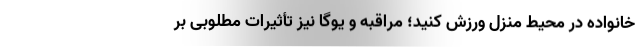
خانواده در محیط منزل ورزش کنید؛ مراقبه و یوگا نیز تأثیرات مطلوبی بر